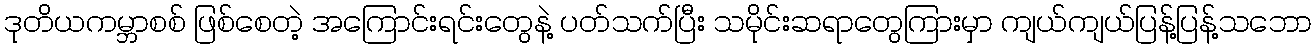
ဒုတိယကမ္ဘာစစ် ဖြစ်စေတဲ့ အကြောင်းရင်းတွေနဲ့ ပတ်သက်ပြီး သမိုင်းဆရာတွေကြားမှာ ကျယ်ကျယ်ပြန့်ပြန့်သဘော